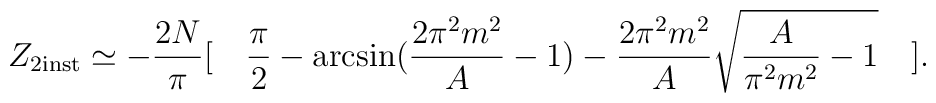
Z_{2 {\rm inst}}              \simeq -\frac{2N}{\pi}[\quad\frac{\pi}{2} -                             \arcsin(\frac{2\pi^2 m^2}{A}-1)-                             \frac{2\pi^2 m^2}{A} \sqrt{\frac{A}{\pi^2 m^2}-1}\quad] .